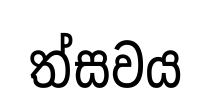
ත්සවය